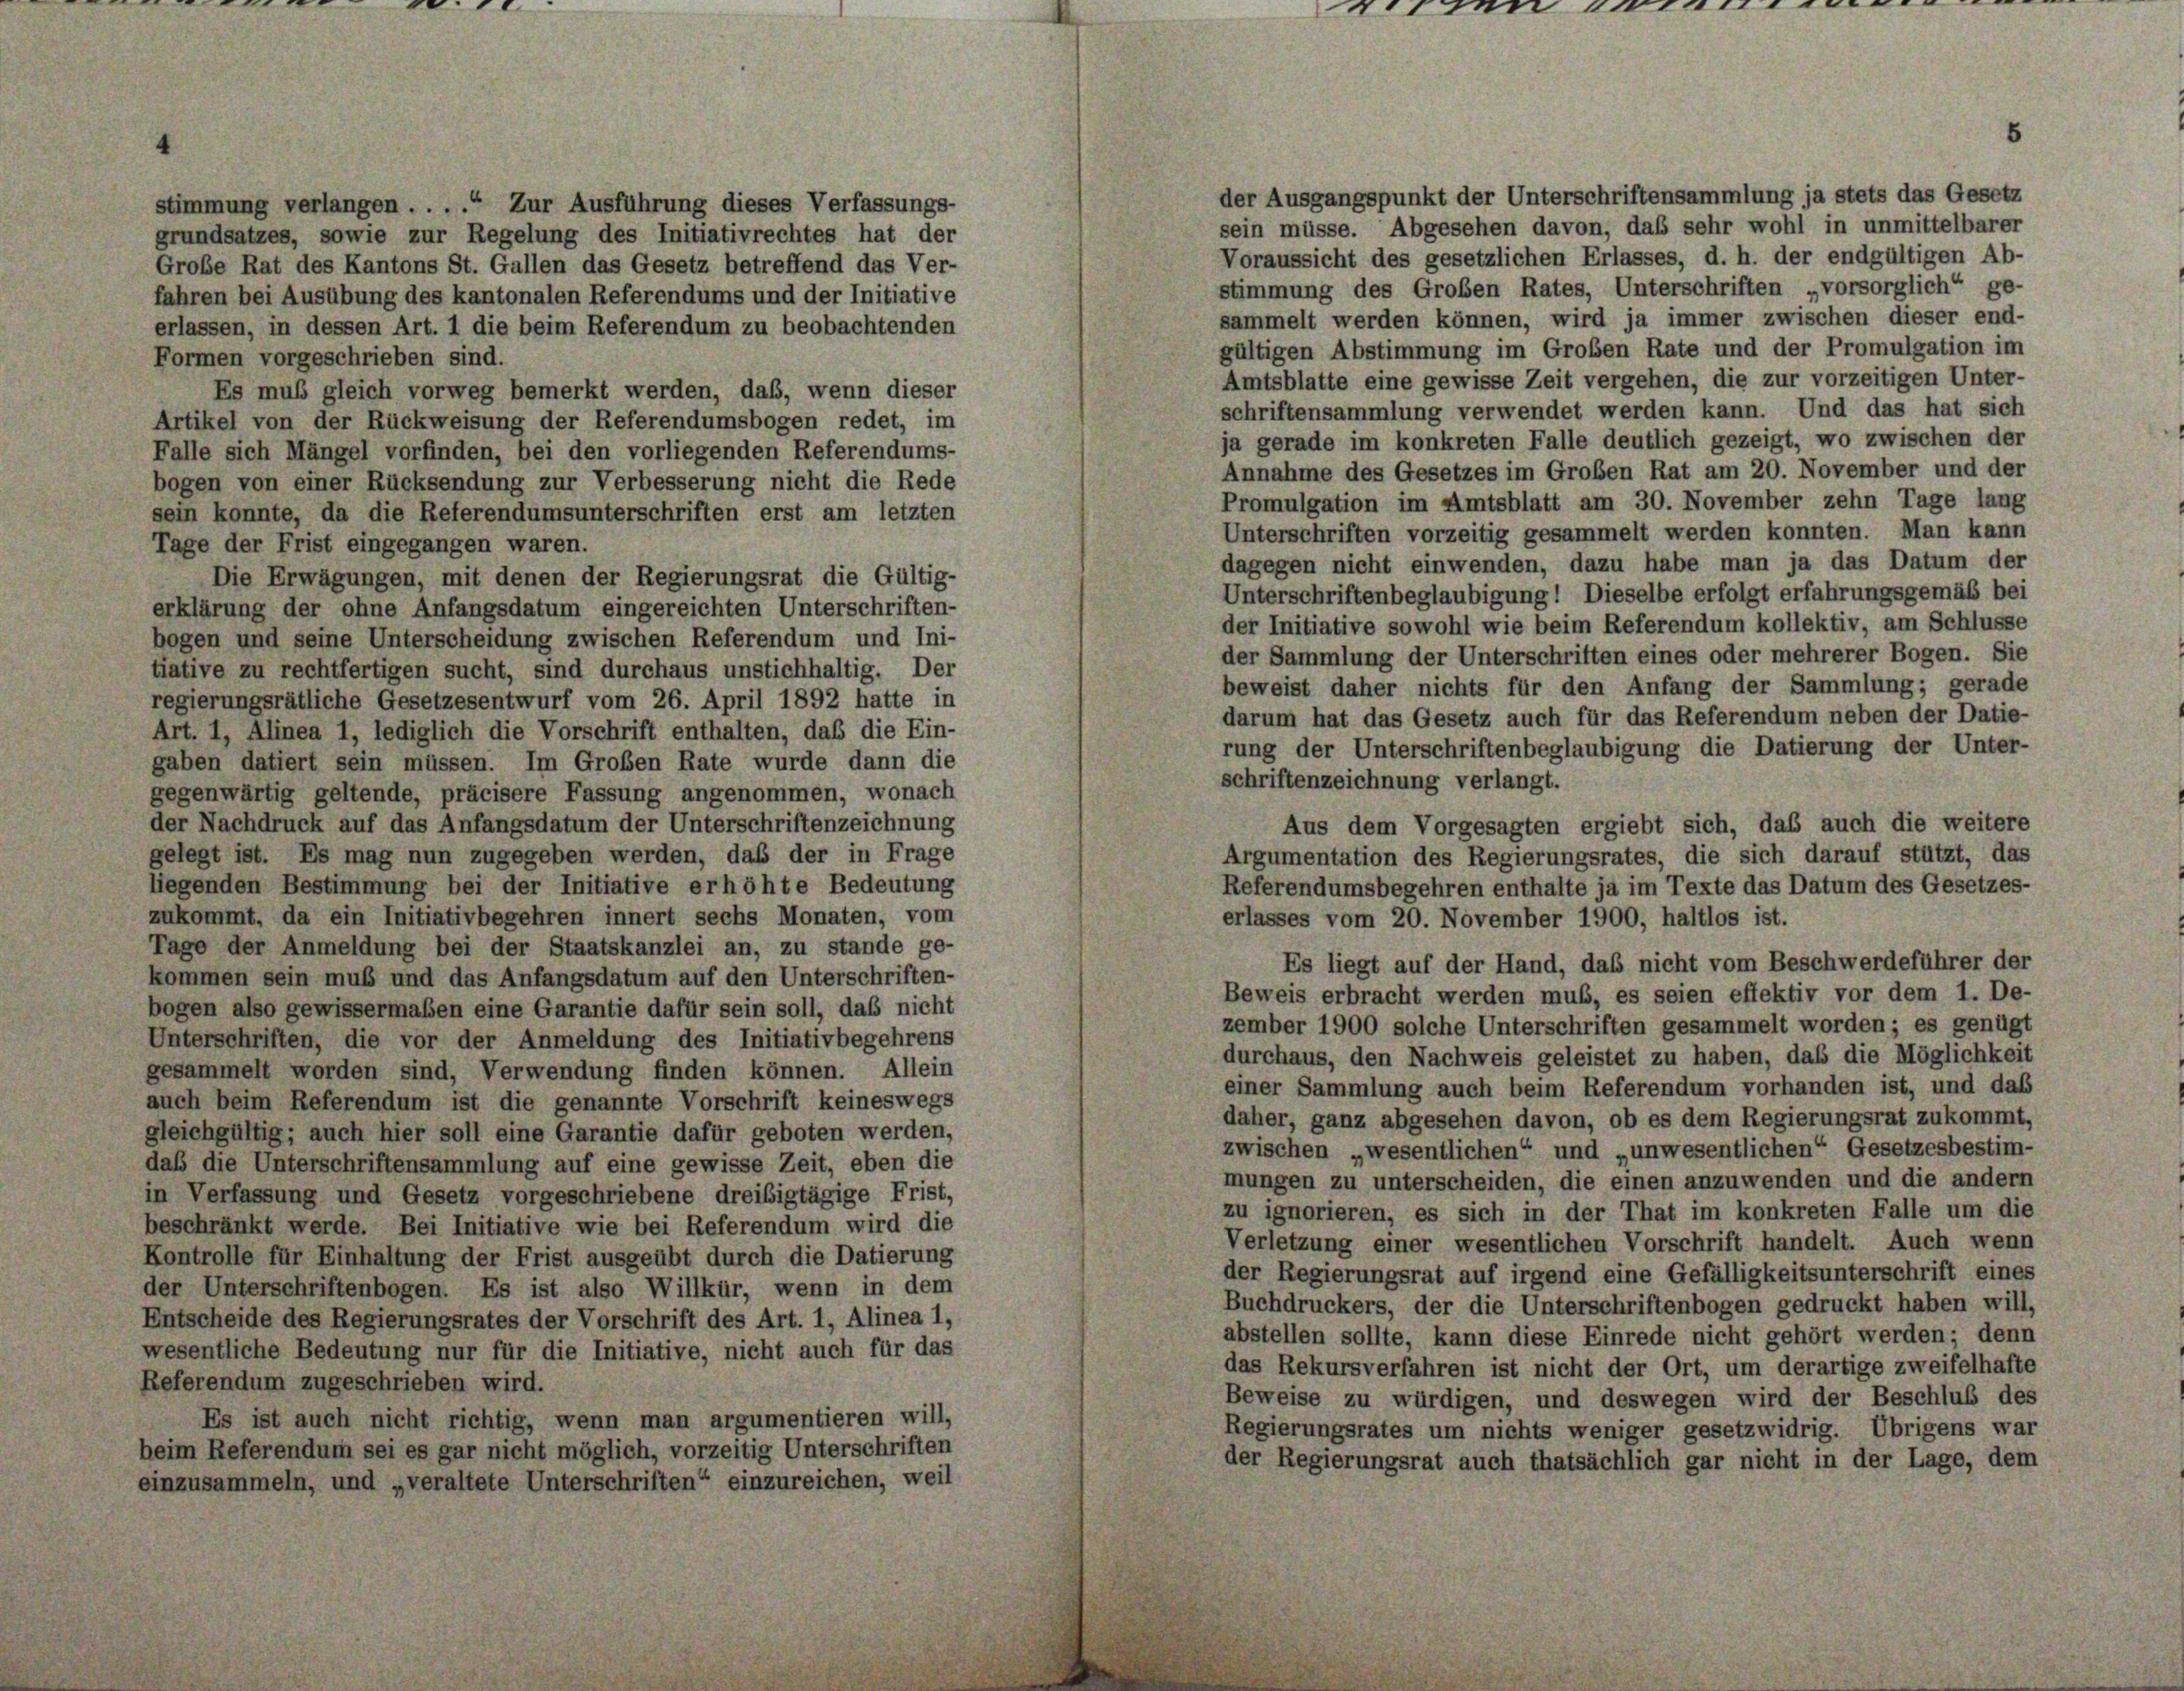
stimmung verlangen . . . .“ Zur Ausführung dieses Verfassungs-
grundsatzes, sowie zur Regelung des Initiativrechtes hat der
Große Rat des Kantons St. Gallen das Gesetz betreffend das Ver-
fahren bei Ausübung des kantonalen Referendums und der Initiative
erlassen, in dessen Art. 1 die beim Referendum zu beobachtenden
Formen vorgeschrieben sind.
Es muß gleich vorweg bemerkt werden, daß, wenn dieser
Artikel von der Rückweisung der Referendumsbogen redet, im
Falle sich Mängel vorfinden, bei den vorliegenden Referendums-
bogen von einer Rücksendung zur Verbesserung nicht die Rede
sein konnte, da die Referendumsunterschriften erst am letzten
Tage der Frist eingegangen waren.
Die Erwägungen, mit denen der Regierungsrat die Gültig-
erklärung der ohne Anfangsdatum eingereichten Unterschriften-
bogen und seine Unterscheidung zwischen Referendum und Ini-
tiative zu rechtfertigen sucht, sind durchaus unstichhaltig. Der
regierungsrätliche Gesetzesentwurf vom 26. April 1892 hatte in
Art. 1, Alinea 1, lediglich die Vorschrift enthalten, daß die Ein-
gaben datiert sein müssen. Im Großen Rate wurde dann die
gegenwärtig geltende, präcisere Fassung angenommen, wonach
der Nachdruck auf das Anfangsdatum der Unterschriftenzeichnung
gelegt ist. Es mag nun zugegeben werden, daß der in Frage
liegenden Bestimmung bei der Initiative erhöhte Bedeutung
zukommt, da ein Initiativbegehren innert sechs Monaten, vom
Tage der Anmeldung bei der Staatskanzlei an, zu stande ge-
kommen sein muß und das Anfangsdatum auf den Unterschriften-
bogen also gewissermaßen eine Garantie dafür sein soll, daß nicht
Unterschriften, die vor der Anmeldung des Initiativbegehrens
gesammelt worden sind, Verwendung finden können. Allein
auch beim Referendum ist die genannte Vorschrift keineswegs
gleichgültig; auch hier soll eine Garantie dafür geboten werden,
das die Unterschriftensammlung auf eine gewisse Zeit, eben die
in Verfassung und Gesetz vorgeschriebene dreibigtägige Frist,
beschränkt werde. Bei Initiative wie bei Referendum wird die
Kontrolle für Einhaltung der Frist ausgeübt durch die Datierung
der Unterschriftenbogen. Es ist also Willkür, wenn in dem
Entscheide des Regierungsrates der Vorschrift des Art. 1, Alinea 1,
wesentliche Bedeutung nur für die Initiative, nicht auch für das
Referendum zugeschrieben wird.
Es ist auch nicht richtig, wenn man argumentieren will,
heim Referendum sei es gar nicht möglich, vorzeitig Unterschriften
einzusammeln, und „veraltete Unterschriften“ einzureichen, weil

eien excan.

der Ausgangspunkt der Unterschriftensammlung ja stets das Gesetz
sein müsse. Abgesehen davon, daß sehr wohl in unmittelbarer
Voraussicht des gesetzlichen Erlasses, d. h. der endgültigen Ab-
stimmung des Groben Rates, Unterschriften vorsorglich“ ge-
sammelt werden können, wird ja immer zwischen dieser end-
gültigen Abstimmung im Großen Rate und der Promulgation im
Amtsblatte eine gewisse Zeit vergehen, die zur vorzeitigen Unter-
schriftensammlung verwendet werden kann. Und das hat sich
ja gerade im konkreten Falle deutlich gezeigt, wo zwischen der
Annahme des Gesetzes im Großen Rat am 20. November und der
Promulgation im Amtsblatt am 30. November zehn Tage lang
Unterschriften vorzeitig gesammelt werden konnten. Man kann
dagegen nicht einwenden, dazu habe man ja das Datum der
Unterschriftenbeglaubigung! Dieselbe erfolgt erfahrungsgemäß bei
der Initiative sowohl wie beim Referendum kollektiv, am Schlüsse
der Sammlung der Unterschriften eines oder mehrerer Bogen. Sie
beweist daher nichts für den Anfang der Sammlung; gerade
darum hat das Gesetz auch für das Referendum neben der Datie-
rung der Unterschriftenbeglaubigung die Datierung der Unter-
schriftenzeichnung verlangt.
Aus dem Vorgesagten ergiebt sich, das auch die weitere
Argumentation des Regierungsrates, die sich darauf stützt, das
Referendumsbegehren enthalte ja im Texte das Datum des Gesetzes-
erlasses vom 20. November 1900, haltlos ist.
Es liegt auf der Hand, daß nicht vom Beschwerdeführer der
Beweis erbracht werden muß, es seien effektiv vor dem 1. De-
zember 1900 solche Unterschriften gesammelt worden; es genügt
durchaus, den Nachweis geleistet zu haben, daß die Möglichkeit
einer Sammlung auch beim Referendum vorhanden ist, und das
daher, ganz abgesehen davon, ob es dem Regierungsrat zukommt,
zwischen „wesentlichen“ und „unwesentlichen“ Gesetzesbestim-
mungen zu unterscheiden, die einen anzuwenden und die andern
zu ignorieren, es sich in der That im konkreten Falle um die
Verletzung einer wesentlichen Vorschrift handelt. Auch wenn
der Regierungsrat auf irgend eine Gefälligkeitsunterschrift eines
Buchdruckers, der die Unterschriftenbogen gedruckt haben will,
abstellen sollte, kann diese Einrede nicht gehört werden; denn
das Rekursverfahren ist nicht der Ort, um derartige zweifelhafte
Beweise zu würdigen, und deswegen wird der Beschluß des
Regierungsrates um nichts weniger gesetzwidrig. Übrigens war
der Regierungsrat auch thatsächlich gar nicht in der Lage, dem